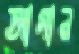
আগান